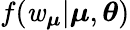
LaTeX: f(\mathit{w}_{\boldsymbol{\mu}}|\boldsymbol{\mu},\boldsymbol{\theta})